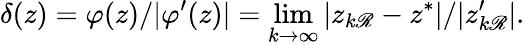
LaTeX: \delta(z)=\varphi(z)/|\varphi^{\prime}(z)|=\operatorname*{lim}_{k\to\infty}|z_{k\mathscr{R}}-z^{*}|/|z_{k\mathscr{R}}^{\prime}|.